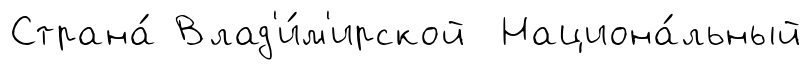
Страна́ Влад'и́м'ирской Национа́льный